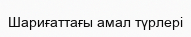
Шариғаттағы амал түрлері